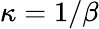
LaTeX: \kappa=1/\beta